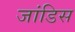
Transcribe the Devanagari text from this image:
जांडिस